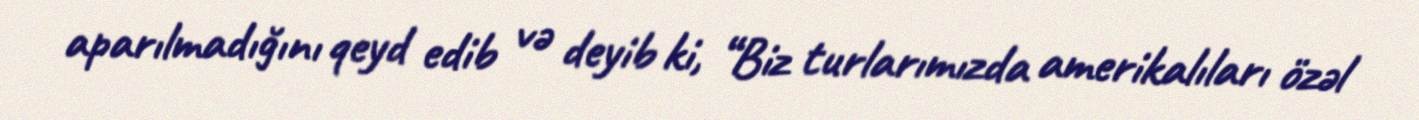
aparılmadığını qeyd edib və deyib ki, “Biz turlarımızda amerikalıları özəl